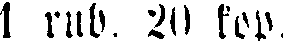
1 rub. 20 kop.